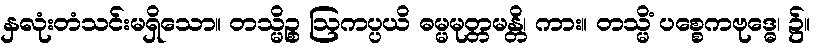
နှလုံးတံသင်းမရှိသော။ တသ္မိဉ္စ ဩကပ္ပယိ ဓမ္မမုတ္တမန္တိ၊ ကား။ တသ္မိံ ပစ္စေကဗုဒ္ဓေ၊ ၌။